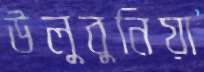
উলুবুনিয়া